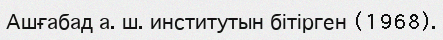
Ашғабад а. ш. институтын бітірген (1968).